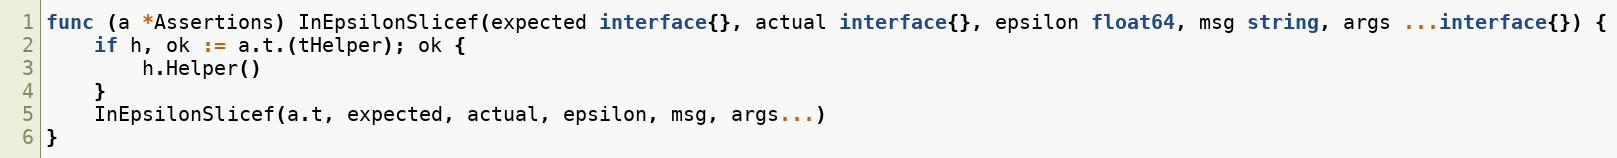
Language: Go
func (a *Assertions) InEpsilonSlicef(expected interface{}, actual interface{}, epsilon float64, msg string, args ...interface{}) {
	if h, ok := a.t.(tHelper); ok {
		h.Helper()
	}
	InEpsilonSlicef(a.t, expected, actual, epsilon, msg, args...)
}